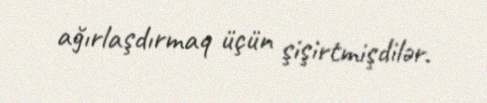
ağırlaşdırmaq üçün şişirtmişdilər.